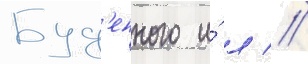
Буд'енного и́ л //